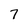
Character: 7